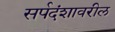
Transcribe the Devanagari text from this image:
सर्पदंशावरील